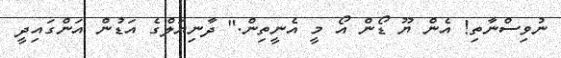
ނުވިސްނާތި! އެން ޔޫ ޑޯން އޯ މީ އެނީތިން." ދާނިޔަލްގެ އަޑުން އަންގައިދީ